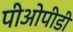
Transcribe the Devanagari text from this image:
पीओपीडी